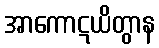
အာကောဋယိတွာန